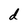
Character: d